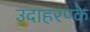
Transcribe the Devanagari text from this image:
उदाहरण्के